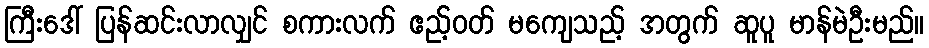
ကြီးဒေါ် ပြန်ဆင်းလာလျှင် စကားလက် ဧည့်ဝတ် မကျေသည့် အတွက် ဆူပူ မာန်မဲဦးမည်။